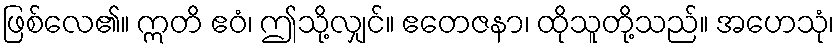
ဖြစ်လေ၏။ ဣတိ ဧဝံ၊ ဤသို့လျှင်။ ဧတေဇနာ၊ ထိုသူတို့သည်။ အဟေသုံ၊